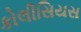
કોલીસિયસ